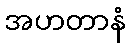
အဟတာနံ